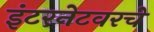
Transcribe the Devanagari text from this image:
इंटरनेटवरचे